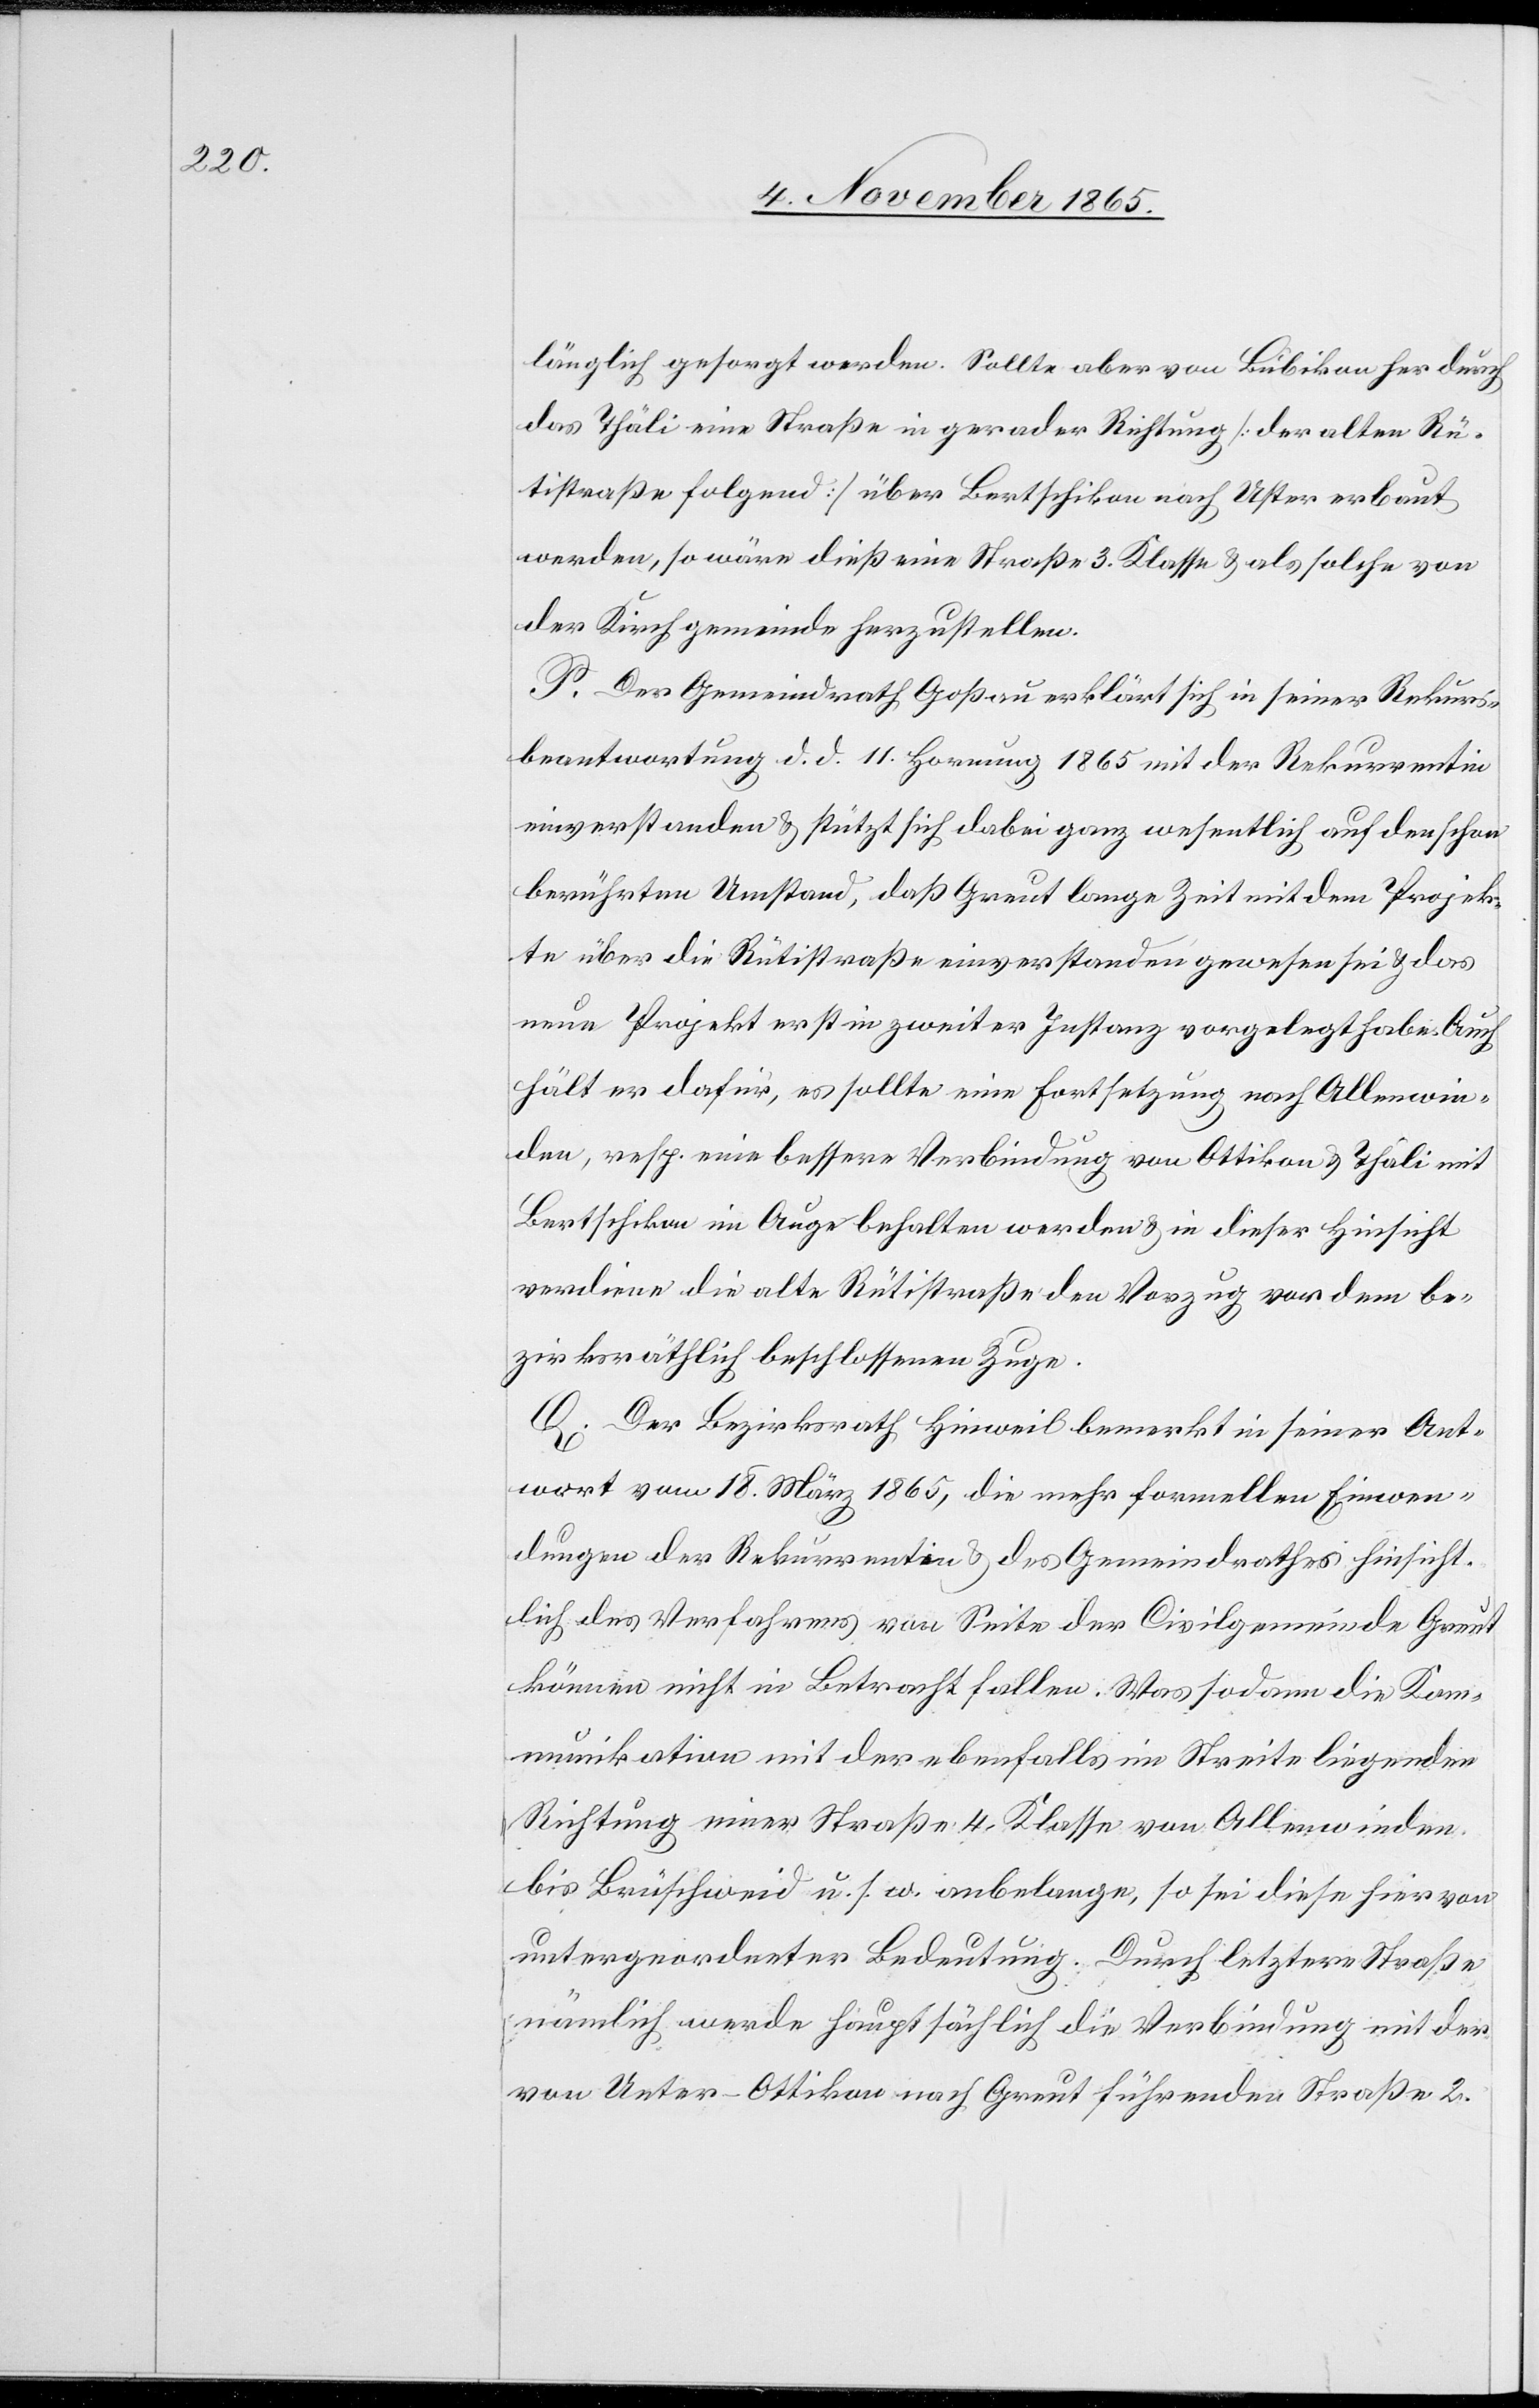
länglich gesorgt werden. Sollte aber von Bubikon her durch
das Thäli eine Straße in gerader Richtung [der alten Rü¬
tistraße folgend] über Bertschikon nach Uster erbaut
werden, so wäre dieß eine Straße 3. Klasse & als solche von
der Kirchgemeinde herzustellen.
P. Der Gemeindrath Goßau erklärt sich in seiner Rekurs¬
beantwortung d. d. 11. Hornung 1865 mit der Rekurrentin
einverstanden & stützt sich dabei ganz wesentlich auf den schon
berührten Umstand, daß Greut lange Zeit mit dem Projek¬
te über die Rütistraße einverstanden gewesen sei & das
neue Projekt erst in zweiter Instanz vorgelegt habe. Auch
hält er dafür, es sollte eine Fortsetzung nach Allenwin¬
den, resp. eine bessere Verbindung von Ottikon & Thäli mit
Bertschikon im Auge behalten werden & in dieser Hinsicht
verdiene die alte Rütistraße den Vorzug vor dem be¬
zirksräthlich beschlossenen Zuge.
Q. Der Bezirksrath Hinweil bemerkt in seiner Ant¬
wort vom 18. März 1865, die mehr formellen Einwen¬
dungen der Rekurrentin & des Gemeindrathes hinsicht¬
lich des Verfahrens von Seite der Civilgemeinde Greut
können nicht in Betracht fallen. Was sodann die Komm¬
unikation mit der ebenfalls im Streite liegenden
Richtung einer Straße 4. Klasse von Allenwinden
bis Brüschweid u. s. w. anbelange, so sei diese hier von
untergeordneter Bedeutung. Durch letztere Straße
nämlich werde hauptsächlich die Verbindung mit der
von Unter-Ottikon nach Greut führenden Straße 2.